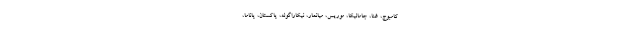
کامبوج، غنا، جامائیکا، موریس، میانمار، نیکاراگوئه، پاکستان، پاناما،